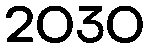
2030